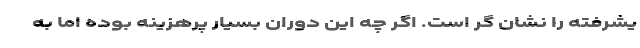
یشرفته را نشان گر است. اگر چه این دوران بسیار پرهزینه بوده اما به